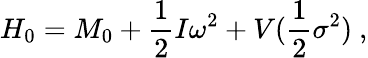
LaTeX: H_{0}=M_{0}+\frac 12I\omega^{2}+V(\frac 12\sigma^{2})\ ,